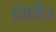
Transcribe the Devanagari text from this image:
होइहैंउ